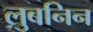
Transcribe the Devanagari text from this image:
लुबनिन